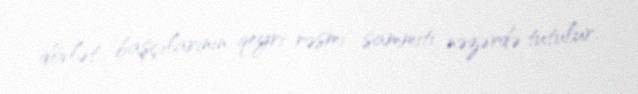
dövlət başçılarının qeyri-rəsmi sammiti nəzərdə tutulur.